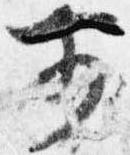
前